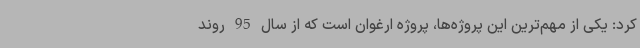
کرد: یکی از مهم‌ترین این پروژه‌ها، پروژه ارغوان است که از سال 95 روند